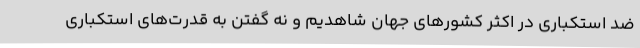
ضد استکباری در اکثر کشورهای جهان شاهدیم و نه گفتن به قدرت‌های استکباری